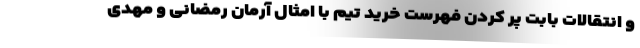
و انتقالات بابت پر کردن فهرست خرید تیم با امثال آرمان رمضانی و مهدی